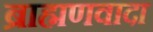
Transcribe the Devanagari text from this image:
ब्राह्मणवादा